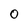
Character: 0